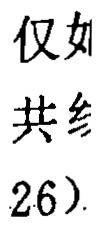
仅如
共纟
26）